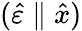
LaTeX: (\hat{\varepsilon}\parallel\hat{x})